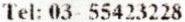
TEL: 03- 55423228